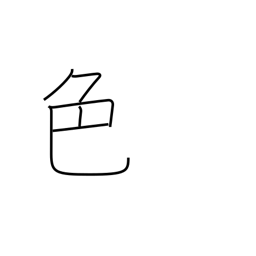
Meaning: color